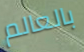
بالعالم